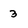
Character: 3